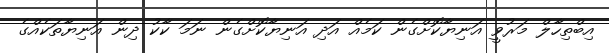
އިބްތިހާލް މަރުވީ އަނިޔާކޮށްގެން ކަމެއް އަދި އަނިޔާކޮށްގެން ނަމަ ކާކު ދިން އަނިޔާތަކެއްގެ